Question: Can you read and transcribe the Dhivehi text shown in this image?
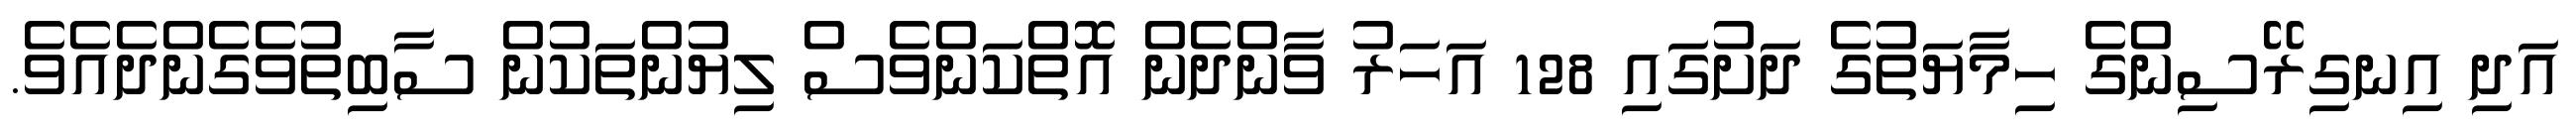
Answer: އަދި އިނގިރޭސިންގެ ހިމާޔަތުގެ ދަށުގައި 128 އަހަރު ވާންދެން އޮތްކަންވެސް ލިޔުންތަކުން ސާބިތުވެގެންދެއެވެ.